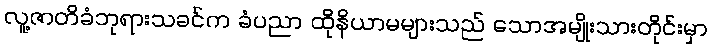
လူ့ဇာတိခံဘုရားသခင်က ခံပညာ ထိုနိယာမများသည် သောအမျိုးသားတိုင်းမှာ